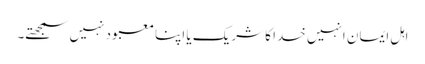
اہلِ ایمان انہیں خدا کا شریک یا اپنا معبود نہیں سمجھتے۔